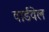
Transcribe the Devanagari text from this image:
वार्डवेल